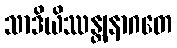
သာဒိယိဿန္တျနာဂတေ